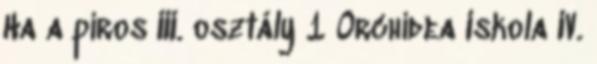
Ha a piros III. osztály 1 Orchidea Iskola IV.